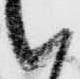
候